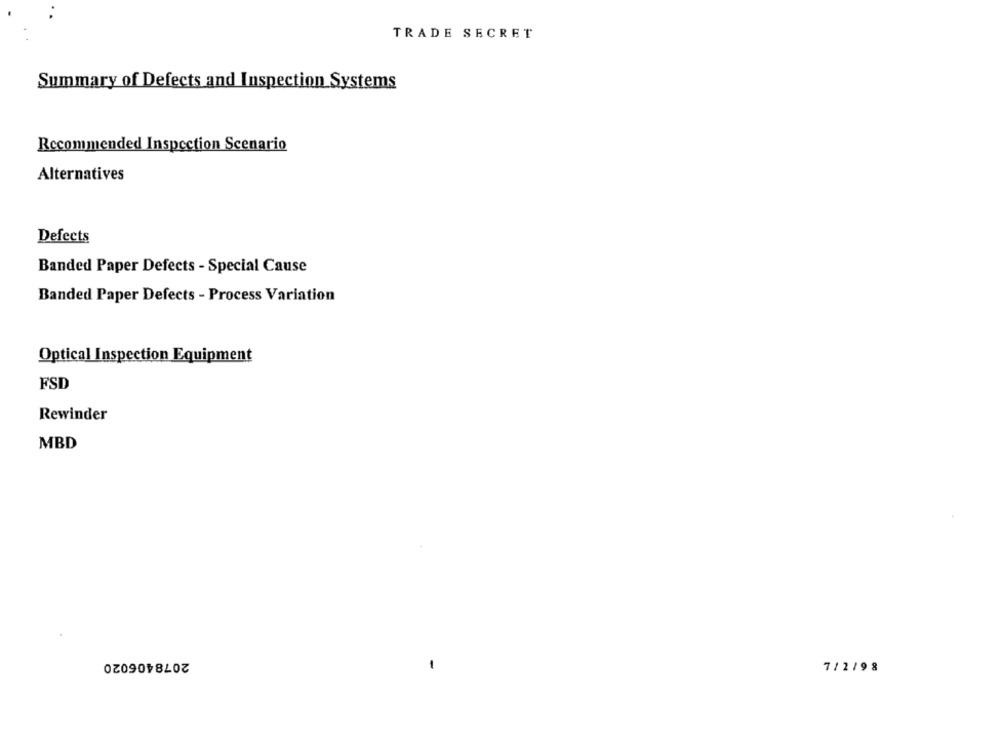
TRADE SECRET
Summary of Defects and Inspection Systems
Recommended Inspection Scenario
Alternatives
Defects
Banded Paper Defects - Special Cause
Banded Paper Defects - Process Variation
Optical Inspection Equipment
FSD
Rewinder
MBD
2078406020
7/2/98